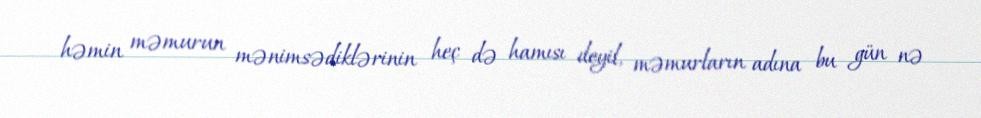
həmin məmurun mənimsədiklərinin heç də hamısı deyil, məmurların adına bu gün nə